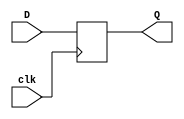
`timescale 1ns / 1ps
//////////////////////////////////////////////////////////////////////////////////

// ID          : N180116
//Branch       : ECE
//Project Name : RTL design using Verilog
//Design  Name : Comparing Storage Elements (D Latch ,Positive Edge D Flip Flop and Negative Edge Flip Flop)
//Module  Name : D_FF_PEC
//RGUKT NUZVID 
//////////////////////////////////////////////////////////////////////////////////
module D_FF_PEC(D,clk,Q);
input D,clk;
output reg Q;

always@(posedge clk)
begin
	Q = D;
end

endmodule